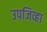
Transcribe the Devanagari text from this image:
उपजिव्हा